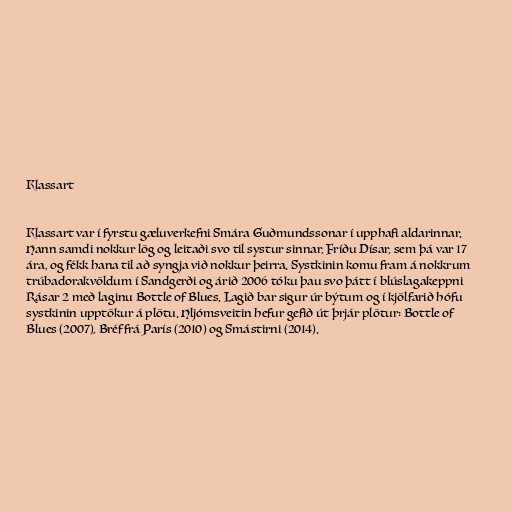
Klassart

Klassart var í fyrstu gæluverkefni Smára Guðmundssonar í upphafi aldarinnar.
Hann samdi nokkur lög og leitaði svo til systur sinnar, Fríðu Dísar, sem þá var 17
ára, og fékk hana til að syngja við nokkur þeirra. Systkinin komu fram á nokkrum
trúbadorakvöldum í Sandgerði og árið 2006 tóku þau svo þátt í blúslagakeppni
Rásar 2 með laginu Bottle of Blues. Lagið bar sigur úr býtum og í kjölfarið hófu
systkinin upptökur á plötu. Hljómsveitin hefur gefið út þrjár plötur: Bottle of
Blues (2007), Bréf frá París (2010) og Smástirni (2014).